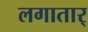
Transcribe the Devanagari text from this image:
लगातार्